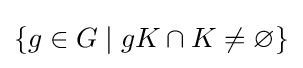
\{g\in G\mid gK\cap K\neq \varnothing \}